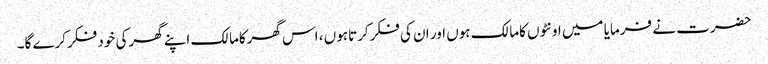
حضرت نے فرمایا میں اونٹوں کامالک ہوں اور ان کی فکرکرتاہوں ، اس گھرکامالک اپنے گھرکی خود فکرکرے گا۔